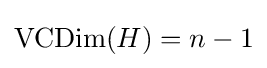
\operatorname {VCDim} (H)=n-1